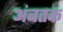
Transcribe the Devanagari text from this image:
अंबतक